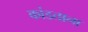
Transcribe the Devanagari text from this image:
कांडताना